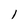
Character: l